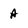
Character: A